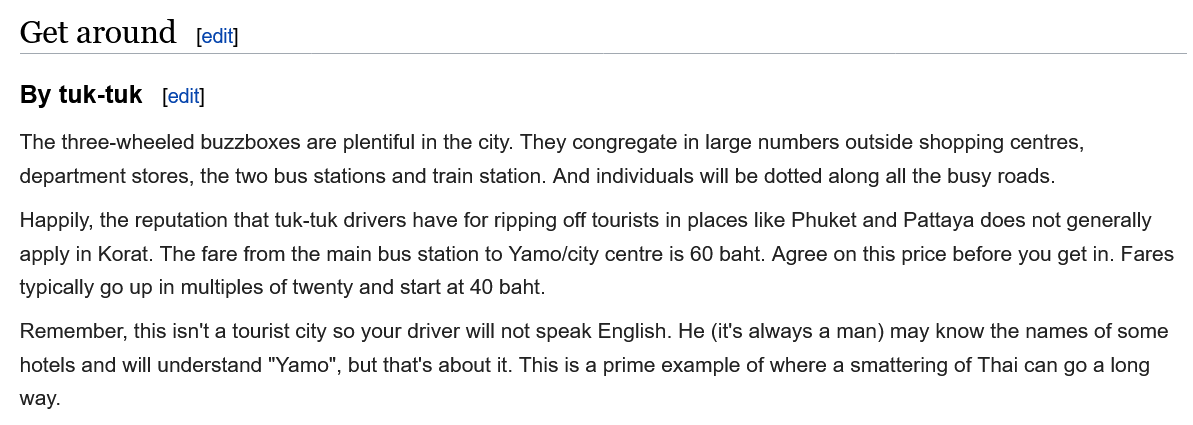
Get  arounc    edit!
     [edit] By tuk-tuk
  The three-wheeled buzzboxes are plentiful in the city. They congregate in large numbers outside shopping centres.
  department stores, the two bus stations and train station. And individuals will be dotted along all the busy roads.
   Happily, the reputation that tuk-tuk drivers have for ripping off tourists in places like Phuket and Pattaya does not generally
  apply in Korat. The fare from the main bus station to Yamo/city centre is 60 baht. Agree on this price before you get in. Fares
  typically go up in multiples of twenty and start at 40 baht.
   Remember, this isn't a tourist city so your driver will not speak English. He (it's always a man) may know the names of some
   hotels and will understand "Yamo", but that's about it. This is a prime example of where a smattering of Thai can go a long
  way.